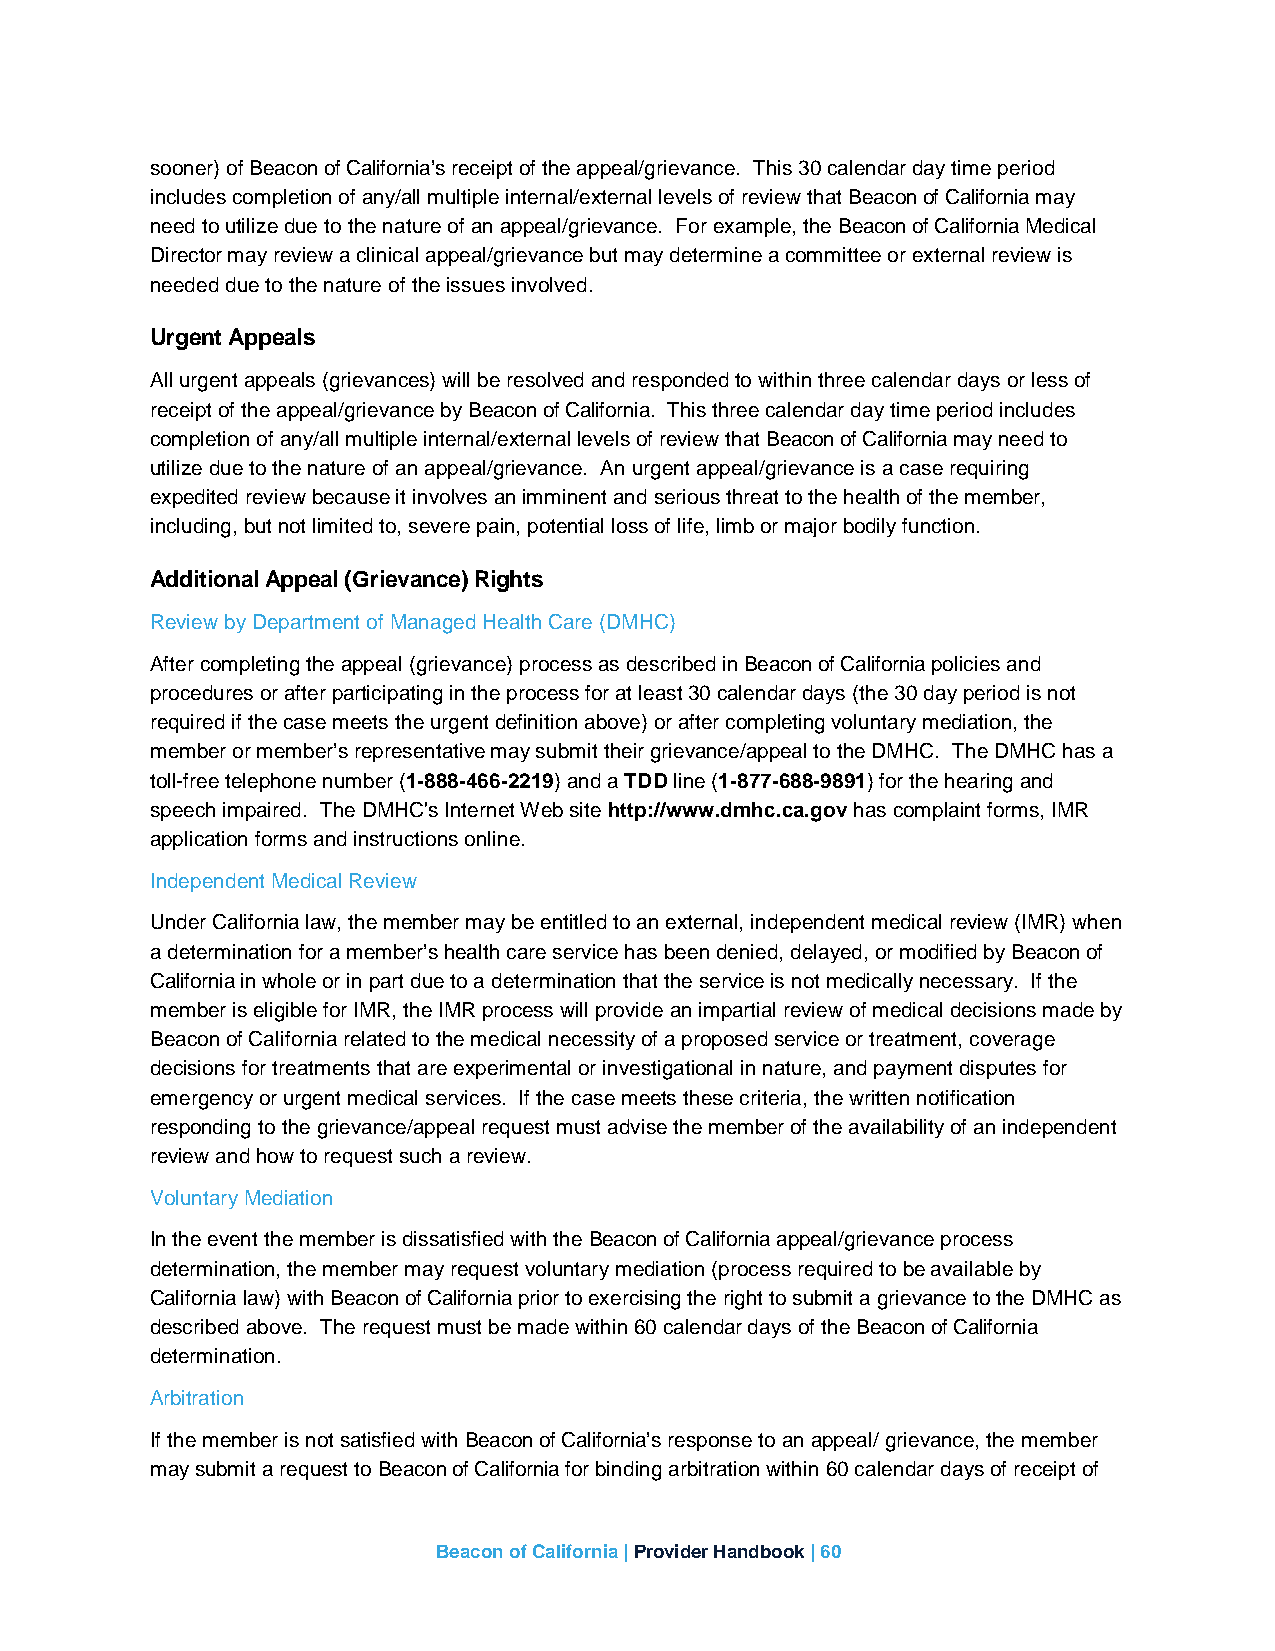
sooner) of Beacon of California’s receipt of the appeal/grievance. This 30 calendar day time period
 includes completion of any/all multiple internal/external levels of review that Beacon of California may
 need to utilize due to the nature of an appeal/grievance. For example, the Beacon of California Medical
 Director may review a clinical appeal/grievance but may determine a committee or external review is
 needed due to the nature of the issues involved.
 Urgent Appeals
 All urgent appeals (grievances) will be resolved and responded to within three calendar days or less of
 receipt of the appeal/grievance by Beacon of California. This three calendar day time period includes
 completion of any/all multiple internal/external levels of review that Beacon of California may need to
 utilize due to the nature of an appeal/grievance. An urgent appeal/grievance is a case requiring
 expedited review because it involves an imminent and serious threat to the health of the member,
 including, but not limited to, severe pain, potential loss of life, limb or major bodily function.
 Additional Appeal (Grievance) Rights
 Review by Department of Managed Health Care (DMHC)
 After completing the appeal (grievance) process as described in Beacon of California policies and
 procedures or after participating in the process for at least 30 calendar days (the 30 day period is not
 required if the case meets the urgent definition above) or after completing voluntary mediation, the
 member or member’s representative may submit their grievance/appeal to the DMHC. The DMHC has a
 toll-free telephone number (1-888-466-2219) and a TDD line (1-877-688-9891) for the hearing and
 speech impaired. The DMHC's Internet Web site http://www.dmhc.ca.gov has complaint forms, IMR
 application forms and instructions online.
 Independent Medical Review
 Under California law, the member may be entitled to an external, independent medical review (IMR) when
 a determination for a member’s health care service has been denied, delayed, or modified by Beacon of
 California in whole or in part due to a determination that the service is not medically necessary. If the
 member is eligible for IMR, the IMR process will provide an impartial review of medical decisions made by
 Beacon of California related to the medical necessity of a proposed service or treatment, coverage
 decisions for treatments that are experimental or investigational in nature, and payment disputes for
 emergency or urgent medical services. If the case meets these criteria, the written notification
 responding to the grievance/appeal request must advise the member of the availability of an independent
 review and how to request such a review.
 Voluntary Mediation
 In the event the member is dissatisfied with the Beacon of California appeal/grievance process
 determination, the member may request voluntary mediation (process required to be available by
 California law) with Beacon of California prior to exercising the right to submit a grievance to the DMHC as
 described above. The request must be made within 60 calendar days of the Beacon of California
 determination.
 Arbitration
 If the member is not satisfied with Beacon of California’s response to an appeal/ grievance, the member
 may submit a request to Beacon of California for binding arbitration within 60 calendar days of receipt of
 Beacon of California | Provider Handbook | 60